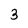
Character: 3